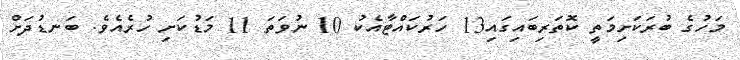
މަހުގެ ބުރަކަށިމަތީ ކޮތަރިބައިގައި13 ހަރުކައްޓާއެކު 10 ނުވަތަ 11 މަޑުކަށި ހުރެއެވެ. ބަނޑުދަށް